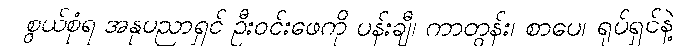
စွယ်စုံရ အနုပညာရှင် ဦးဝင်းဖေကို ပန်းချီ၊ ကာတွန်း၊ စာပေ၊ ရုပ်ရှင်နဲ့